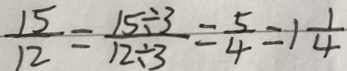
\frac { 1 5 } { 1 2 } = \frac { 1 5 \div 3 } { 1 2 \div 3 } = \frac { 5 } { 4 } = 1 \frac { 1 } { 4 }